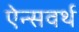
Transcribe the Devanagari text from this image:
ऐन्सवर्थ